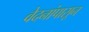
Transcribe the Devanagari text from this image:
वेदनांपासून